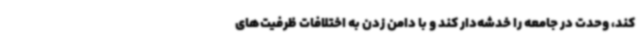
کند، وحدت در جامعه را خدشه‌دار کند و با دامن زدن به اختلافات ظرفیت‌های